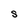
Character: S